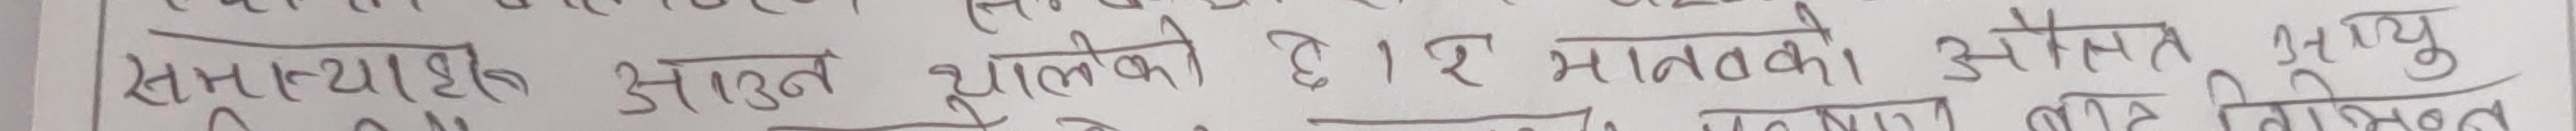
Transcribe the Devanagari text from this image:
समस्यात्मक असंतुलन धूलभको है | हर मानवको औसत आयु